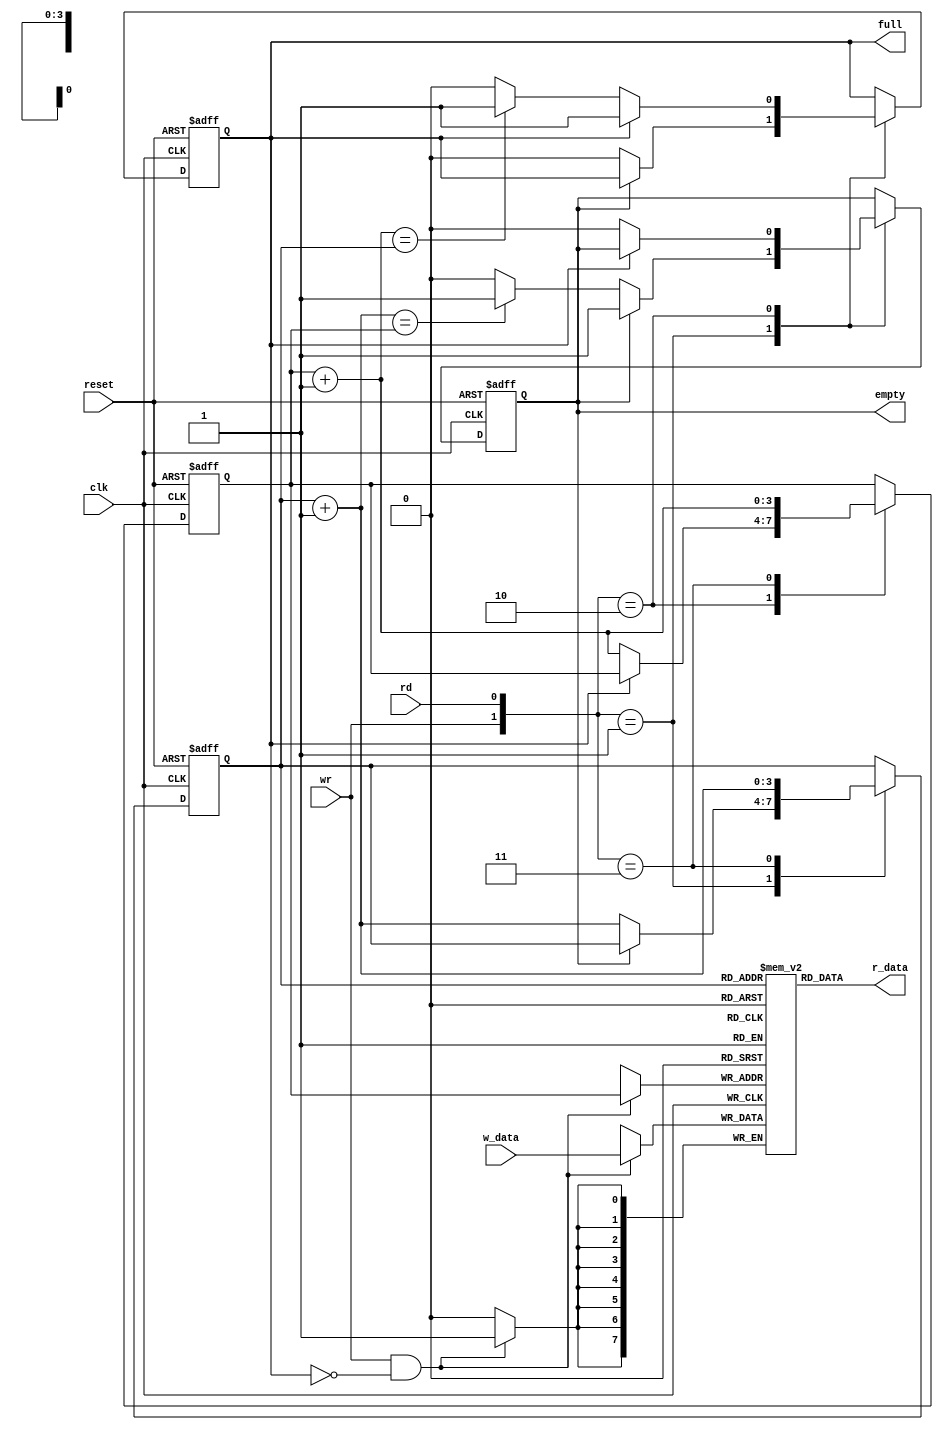
//////////////////////////////////////////////////////////////////////////////////
// Company:FEIncorporated 
// 
//* Description:The FIFO buffer with W B-bit cells, full and empty signals and asynchronous reset.*//////////////////////////////////////////////////////////////////////////////////
module fifo
	#(
	parameter 
		B = 8,
		W = 4
	)
	(
	input wire clk, reset,
	input wire rd, wr,
	input wire [B-1 : 0] w_data,
	output wire empty, full,
	output wire [B-1 : 0] r_data
	);

	reg [B-1:0] array_reg [2**W-1:0]; // register array
	reg [W-1:0] w_ptr_reg, w_ptr_next, w_ptr_succ;
	reg [W-1:0] r_ptr_reg, r_ptr_next, r_ptr_succ;
	reg full_reg = 0, empty_reg = 0, full_next = 0, empty_next = 0;
	wire wr_en;

	//register file write operation
	always @(posedge clk)
		if (wr_en)
			array_reg[w_ptr_reg] <= w_data;
	// register file read operation
	assign r_data = array_reg[r_ptr_reg];
	//write enabled only when fifo isn't full
	assign wr_en = wr & ~full_reg;

	// registers for pointers
	always @(posedge clk, posedge reset)
		begin
		if (reset)
			begin
			w_ptr_reg <= 0;
			r_ptr_reg <= 0;
			full_reg <= 1'b0;
			empty_reg <= 1'b1;
			end
		else
			begin
			w_ptr_reg <= w_ptr_next;
			r_ptr_reg <= r_ptr_next;
			full_reg <= full_next;
			empty_reg <= empty_next;
			end
		end
	
	always @*
		begin
		//successive values
		w_ptr_succ = w_ptr_reg + 1;
		r_ptr_succ = r_ptr_reg + 1;
		//default : keep old values
		w_ptr_next = w_ptr_reg;
		r_ptr_next = r_ptr_reg;
		full_next = full_reg;
		empty_next = empty_reg;
		
		case ({wr, rd})
		//2'b00 : no op
		2'b01: //read
			begin
			if (~empty_reg)
				begin
				r_ptr_next = r_ptr_succ;
				full_next = 1'b0;
				if (r_ptr_succ == w_ptr_reg)
					empty_next = 1'b1;
				end
			end
		2'b10: //write
			begin
			if (~full_reg)
				begin
				w_ptr_next = w_ptr_succ;
				empty_next = 1'b0;
				if (w_ptr_succ == r_ptr_reg)
					full_next = 1'b1;
				end
			end
		2'b11: //read and write
			begin
			w_ptr_next = w_ptr_succ;
			r_ptr_next = r_ptr_succ;
			end
		endcase
	end

	assign full = full_reg;
	assign empty = empty_reg;

endmodule